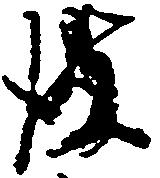
彼